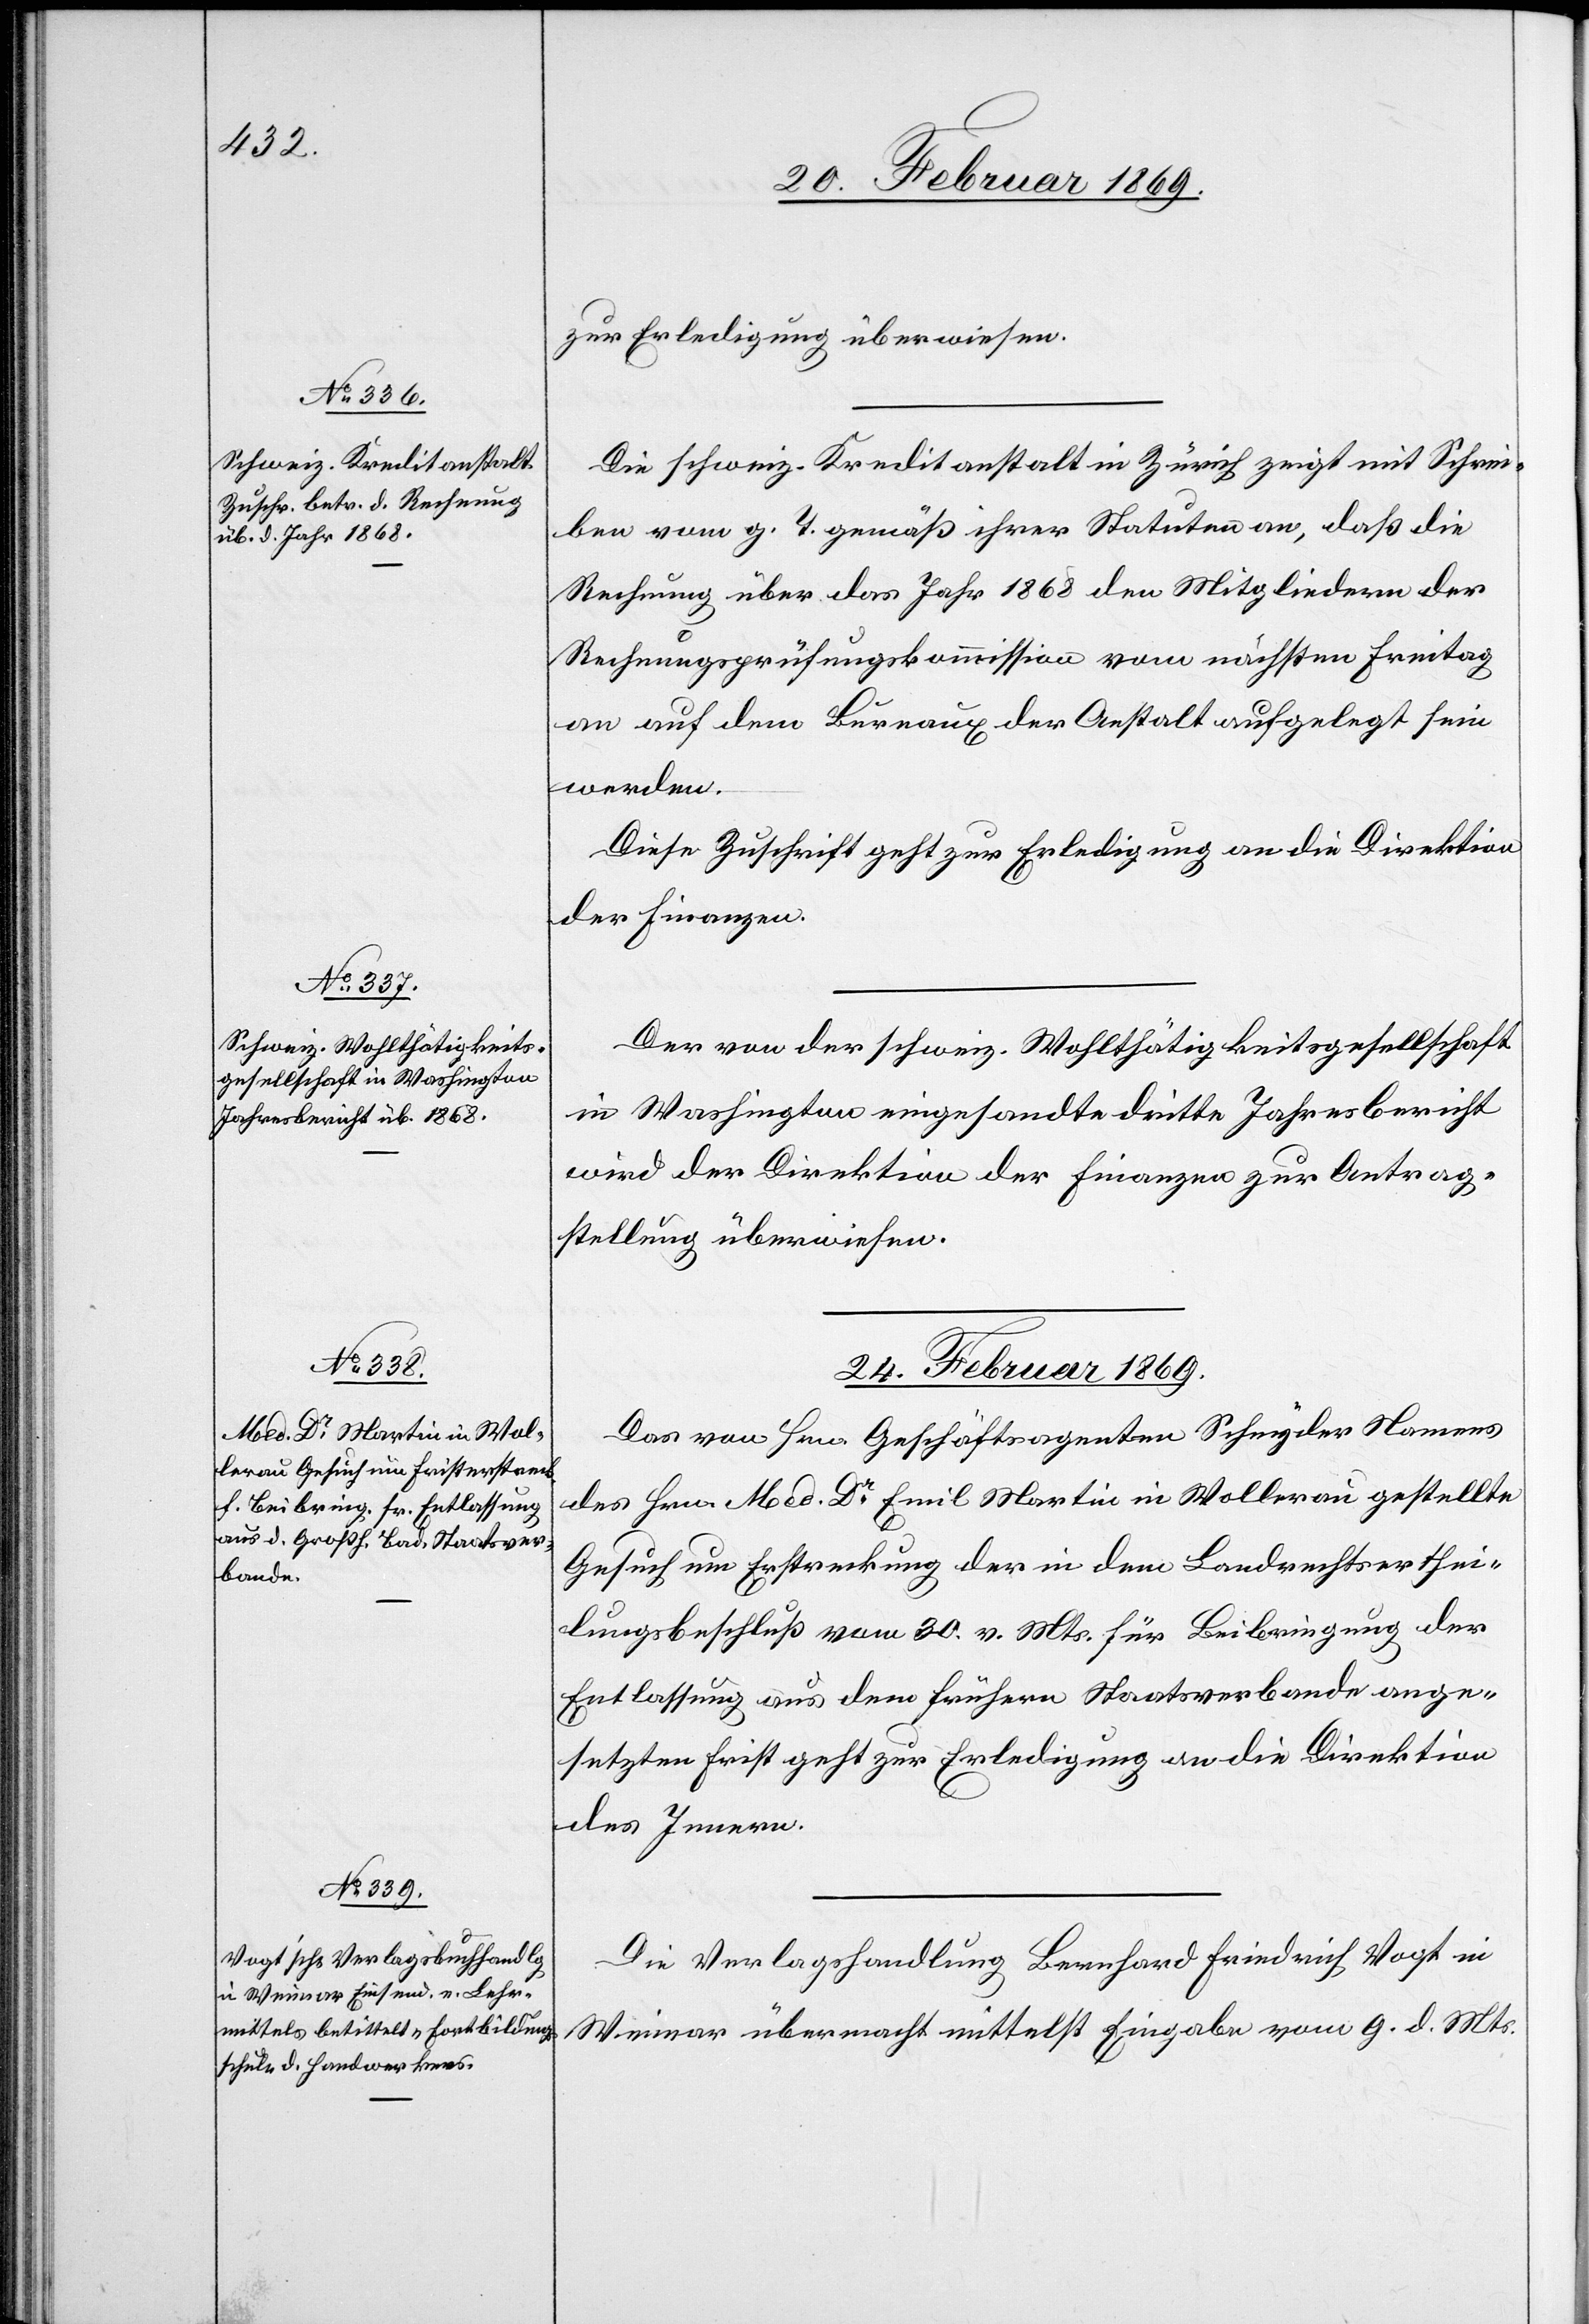
zur Erledigung überwiesen.
Die schweiz. Kreditanstalt in Zürich zeigt mit Schrei¬
ben vom h. T. gemäß ihrer Statuten an, daß die
Rechnung über das Jahr 1868 den Mitgliedern der
Rechnungsprüfungskommission vom nächsten Freitag
an auf dem Bureaux der Anstalt aufgelegt sein
werden.
Diese Zuschrift geht zur Erledigung an die Direktion
der Finanzen.
Der von der schweiz. Wohlthätigkeitsgesellschaft
in Washington eingesandte dritte Jahresbericht
wird der Direktion der Finanzen zur Antrag¬
stellung überwiesen.
24. Februar 1869.]
Das von Hrn. Geschäftsagenten Schnyder Namens
des Hrn. Med Dr Emil Martin in Wollerau gestellte
Gesuch um Erstreckung der in dem Landrechtserthei¬
lungsbeschluß vom 30. v. Mts. für Beibringung der
Entlassung aus dem frühern Staatsverbande ange¬
setzten Frist geht zur Erledigung an die Direktion
des Innern.
Die Verlagshandlung Bernhard Friedrich Vogt in
Weimar übermacht mittelst Eingabe vom 9. d. Mts.